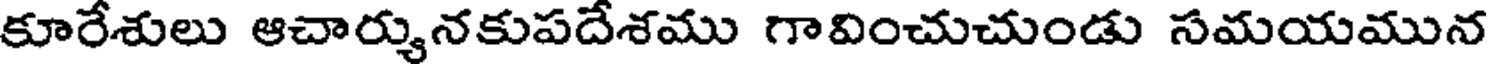
కూరేశులు ఆచార్యునకుపదేశము గావించుచుండు సమయమున